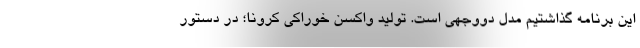
این برنامه گذاشتیم مدل دووجهی است. تولید واکسن خوراکی کرونا؛ در دستور